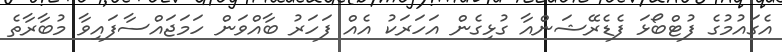
އެގައުމުގެ ފުޓްބޯޅަ ފެޑެރޭޝަންއާ ގުޅިގެން އަހަރަކު އެއް ފަހަރު ބާއްވަން ހަމަޖައްސާފައިވާ މުބާރާތެ